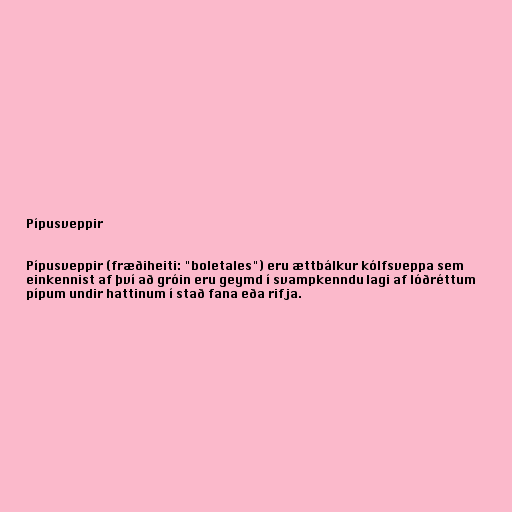
Pípusveppir

Pípusveppir (fræðiheiti: "boletales") eru ættbálkur kólfsveppa sem
einkennist af því að gróin eru geymd í svampkenndu lagi af lóðréttum
pípum undir hattinum í stað fana eða rifja.